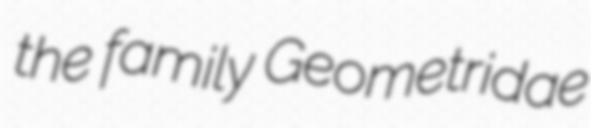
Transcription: the family Geometridae